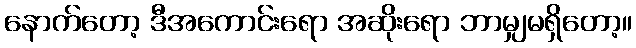
နောက်တော့ ဒီအကောင်းရော အဆိုးရော ဘာမျှမရှိတော့။